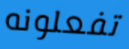
تفعلونه